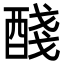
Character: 醆